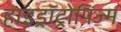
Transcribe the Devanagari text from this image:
हाइड्रॉट्रोपिज्म